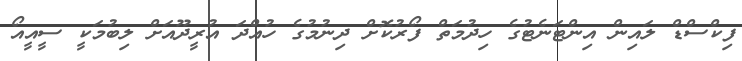
ފިކްސްޑް ލައިން އިންޓަނެޓުގެ ހިދުމަތް ފޯރުކޮށް ދިނުމުގެ ހުއްދަ އުރީދޫއަށް ލިބުމަކީ ސީއީއޯ